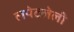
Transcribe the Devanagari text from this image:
लपेटलेली